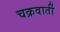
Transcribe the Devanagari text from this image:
चक्रवार्ती